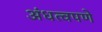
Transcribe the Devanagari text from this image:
अंधत्वपणे